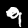
Digit: 9